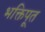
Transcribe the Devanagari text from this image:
भक्तिपूत